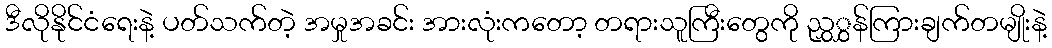
ဒီလိုနိုင်ငံရေးနဲ့ ပတ်သက်တဲ့ အမှုအခင်း အားလုံးကတော့ တရားသူကြီးတွေကို ညွှွှန်ကြားချက်တမျိုးနဲ့